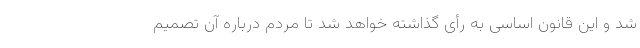
شد و این قانون اساسی به رأی گذاشته خواهد شد تا مردم درباره آن تصمیم